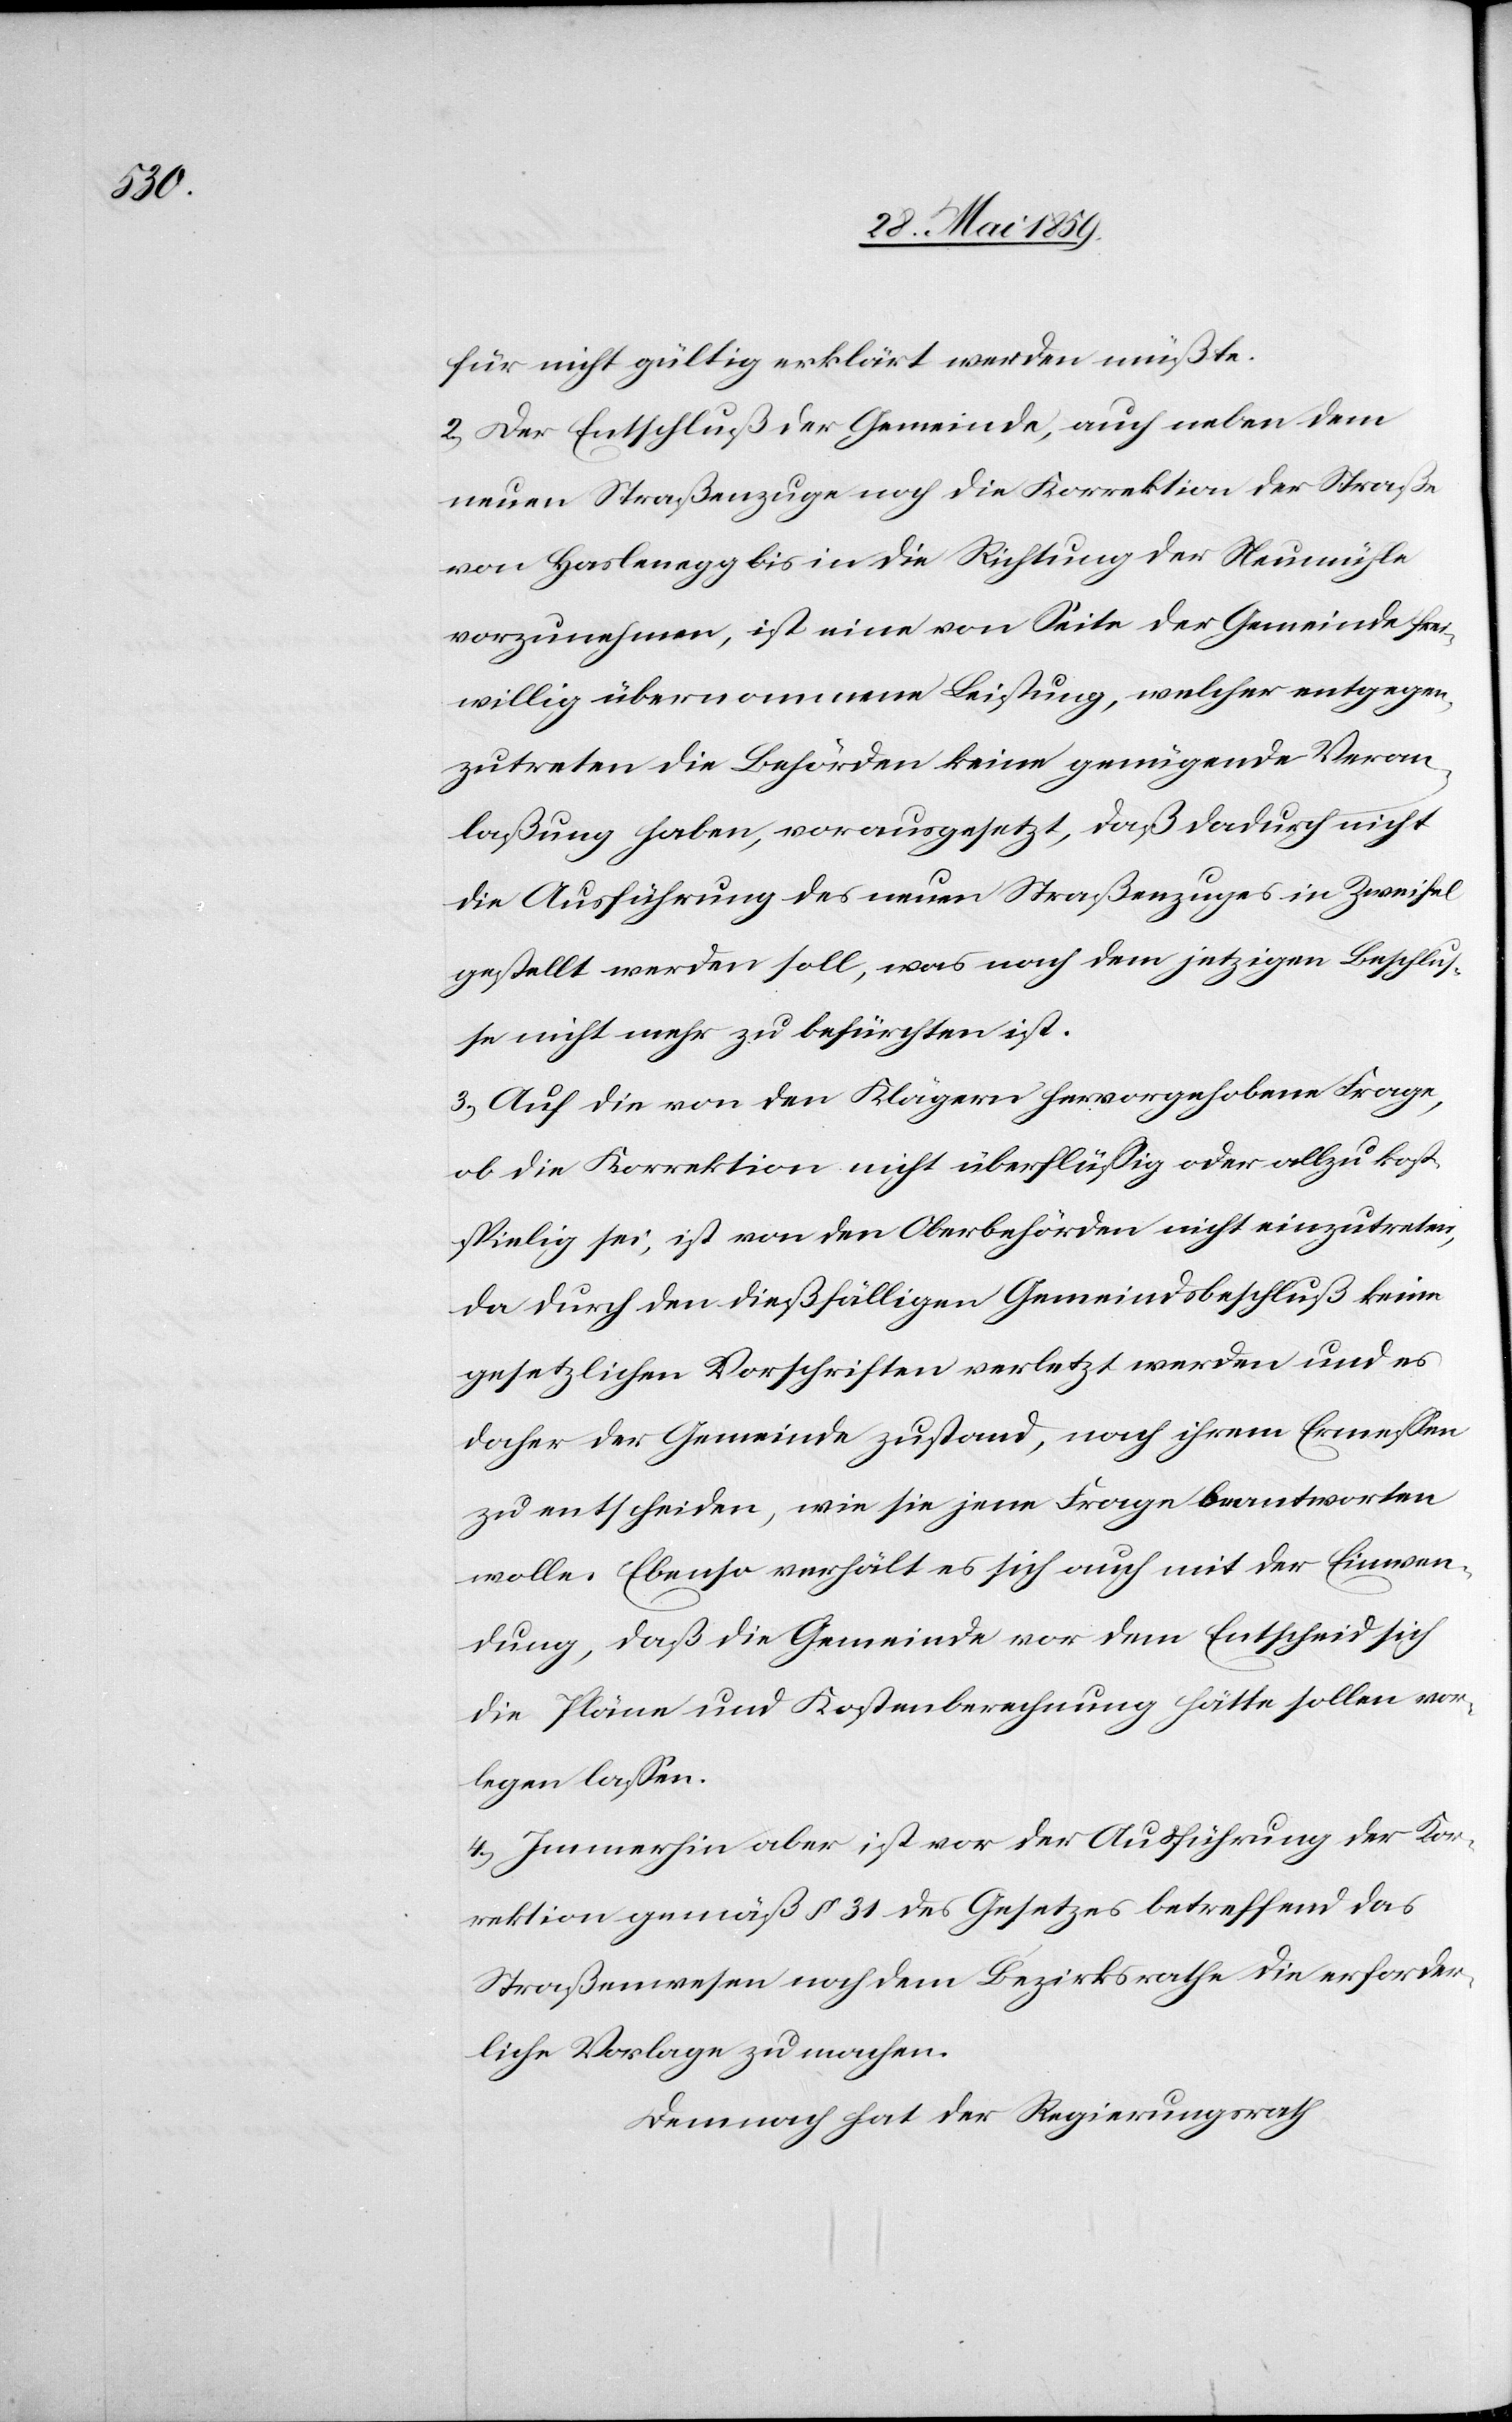
für nicht gültig erklärt werden müßte.
2) Der Entschluß der Gemeinde, auch neben dem
neuen Straßenzuge noch die Korrektion der Straße
von Haslenegg bis in die Richtung der Neumühle
vorzunehmen, ist eine von Seite der Gemeinde frei¬
willig übernommene Leistung, welcher entgegen¬
zutreten die Behörden keine genügende Veran¬
laßung haben, vorausgesetzt, daß dadurch nicht
die Ausführung des neuen Straßenzuges in Zweifel
gestellt werden soll, was nach dem jetzigen Beschlus¬
se nicht mehr zu befürchten ist.
3) Auf die von den Klägern hervorgehobene Frage,
ob die Korrektion nicht überflüssig oder allzu kost¬
spielig sei, ist von den Oberbehörden nicht einzutreten,
da durch den dießfälligen Gemeindsbeschluß keine
gesetzlichen Vorschriften verletzt werden und es
daher der Gemeinde zustand, nach ihrem Ermessen
zu entscheiden, wie sie jene Frage beantworten
wolle. Ebenso verhält es sich auch mit der Einwen¬
dung, daß die Gemeinde vor dem Entscheid sich
die Pläne und Kostenberechnung hätte sollen vor¬
legen lassen
4) Immerhin aber ist vor der Ausführung der Kor¬
rektion gemäß § 31 des Gesetzes betreffend das
Straßenwesen noch dem Bezirksrathe die erforder¬
liche Vorlage zu machen.
Demnach hat der Regierungsrath